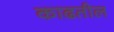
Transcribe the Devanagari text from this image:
काढतील